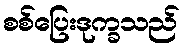
စစ်ပြေးဒုက္ခသည်